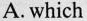
A. which